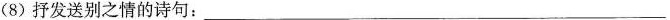
(8) 抒发送别之情的诗句：___